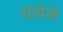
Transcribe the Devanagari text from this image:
यावेसे